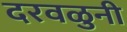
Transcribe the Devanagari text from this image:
दरवळुनी